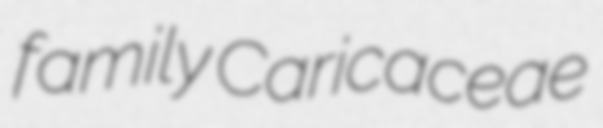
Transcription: family Caricaceae